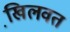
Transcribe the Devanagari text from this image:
खि़लवत